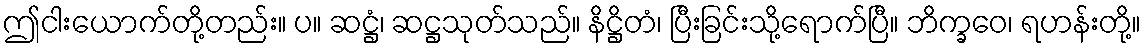
ဤငါးယောက်တို့တည်း။ ပ။ ဆဋ္ဌံ၊ ဆဋ္ဌသုတ်သည်။ နိဋ္ဌိတံ၊ ပြီးခြင်းသို့ရောက်ပြီ။ ဘိက္ခဝေ၊ ရဟန်းတို့။